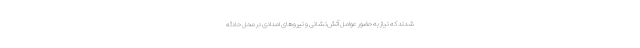
شدند که نیاز به حضور عوامل آتش‌نشانی و نیروهای امدادی در محل حادثه